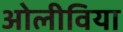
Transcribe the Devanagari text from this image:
ओलीविया